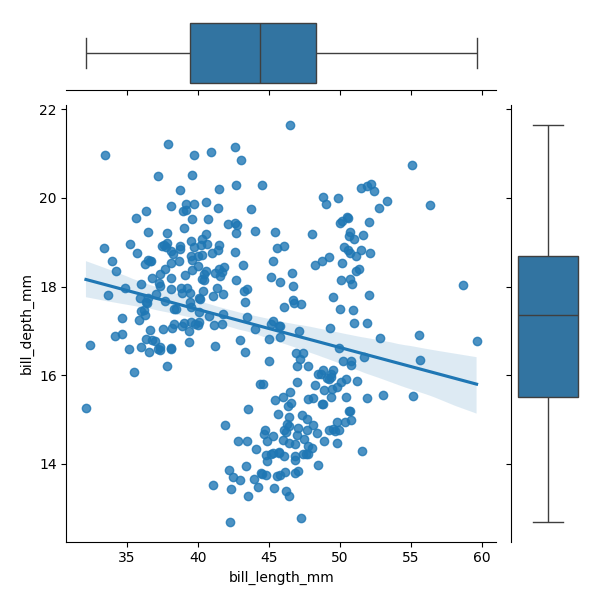
python, seaborn, JointGrid, regplot, boxplot